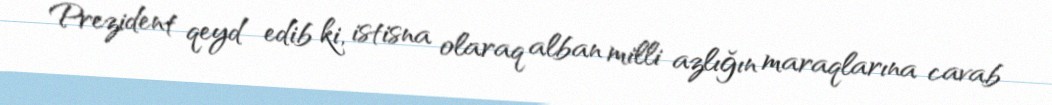
Prezident qeyd edib ki, istisna olaraq alban milli azlığın maraqlarına cavab